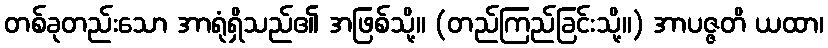
တစ်ခုတည်းသော အာရုံရှိသည်၏ အဖြစ်သို့။ (တည်ကြည်ခြင်းသို့။) အာပဇ္ဇတိ ယထာ၊